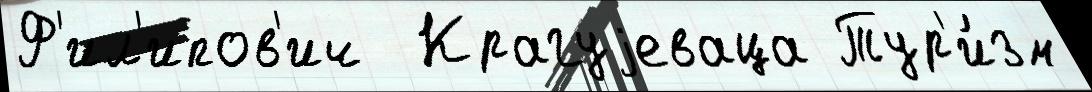
Ф'ил'ипов'ич  Крагуjеваца Тур'и́зм